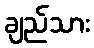
ချည်သား